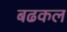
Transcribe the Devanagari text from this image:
बढकल